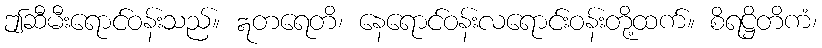
ဤဆီမီးရောင်ဝန်းသည်။ ဣတရေတိ၊ နေရောင်ဝန်းလရောင်းဝန်းတို့ထက်။ စိရဋ္ဌိတိကံ၊